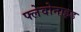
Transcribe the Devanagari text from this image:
फ्लेवोनाइड